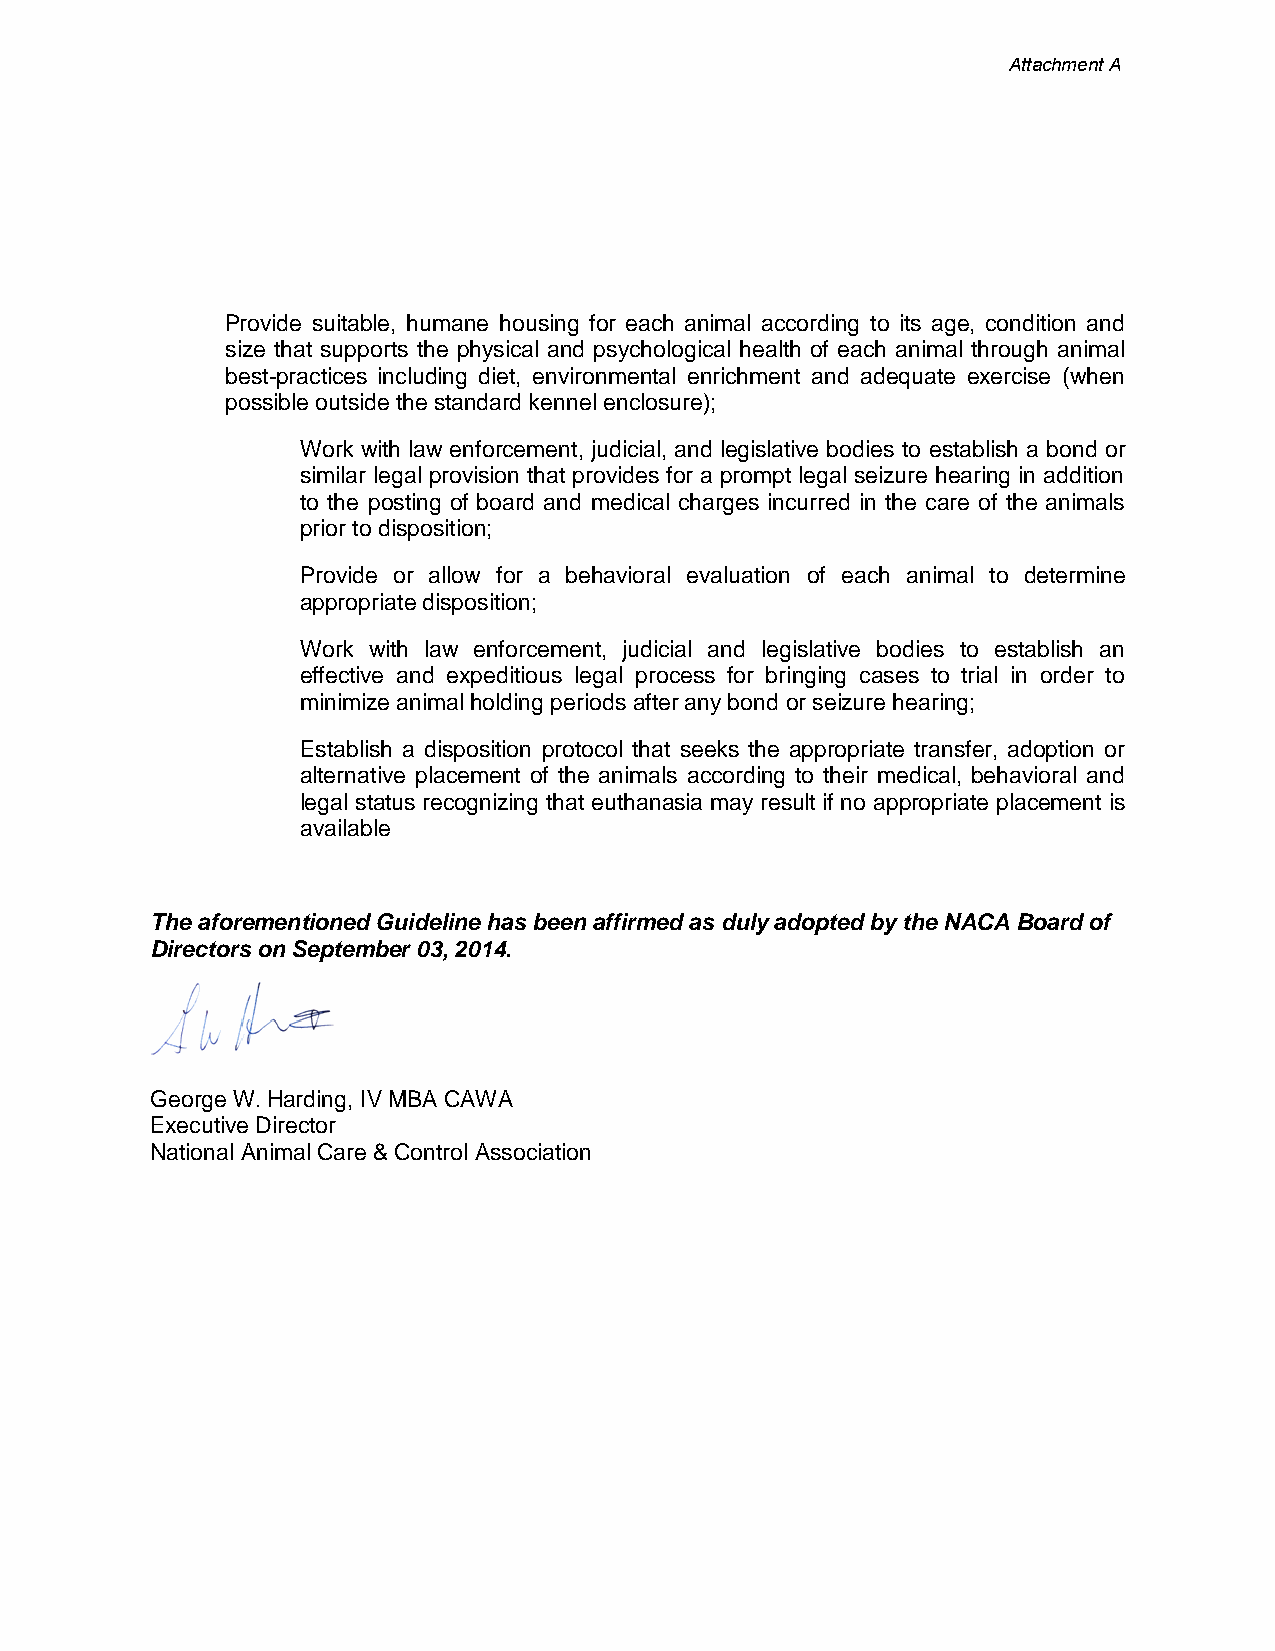
Attachment A
 Provide suitable, humane housing for each animal according to its age, condition and
 size that supports the physical and psychological health of each animal through animal
 best-practices including diet, environmental enrichment and adequate exercise (when
 possible outside the standard kennel enclosure);
 Work with law enforcement, judicial, and legislative bodies to establish a bond or
 similar legal provision that provides for a prompt legal seizure hearing in addition
 to the posting of board and medical charges incurred in the care of the animals
 prior to disposition;
 Provide or allow for a behavioral evaluation of each animal to determine
 appropriate disposition;
 Work with law enforcement, judicial and legislative bodies to establish an
 effective and expeditious legal process for bringing cases to trial in order to
 minimize animal holding periods after any bond or seizure hearing;
 Establish a disposition protocol that seeks the appropriate transfer, adoption or
 alternative placement of the animals according to their medical, behavioral and
 legal status recognizing that euthanasia may result if no appropriate placement is
 available
 The aforementioned Guideline has been affirmed as duly adopted by the NACA Board of
 Directors on September 03, 2014.
 George W. Harding, IV MBA CAWA
 Executive Director
 National Animal Care & Control Association